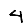
Digit: 4